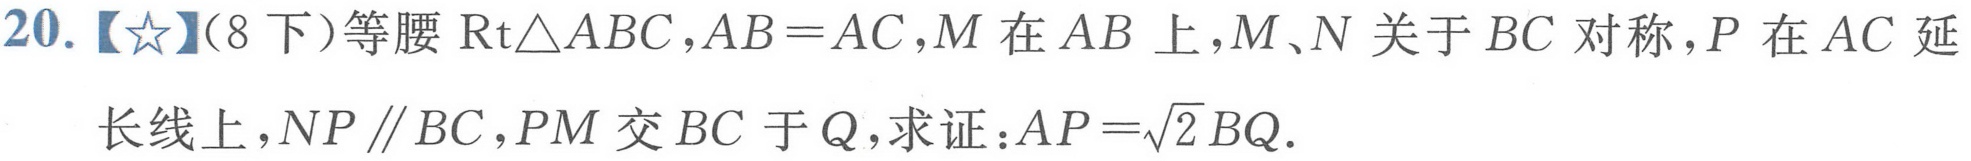
20.【★】(8下)等腰\(\text{Rt}\triangle ABC,AB = AC,M\)在\(AB\)上，\(M、N\)关于\(BC\)对称，\(P\)在\(AC\)延长线上，\(NP\parallel BC\)，\(PM\)交\(BC\)于\(Q\)，求证：\(AP = \sqrt{2}BQ\).